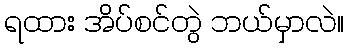
ရထား အိပ်စင်တွဲ ဘယ်မှာလဲ။